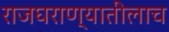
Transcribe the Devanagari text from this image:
राजघराण्यातीलाच